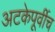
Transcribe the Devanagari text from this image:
अटकेपूर्वीच